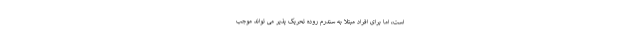
است، اما برای افراد مبتلا به سندرم روده تحریک پذیر می تواند موجب